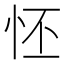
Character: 怌